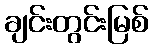
ချင်းတွင်းမြစ်